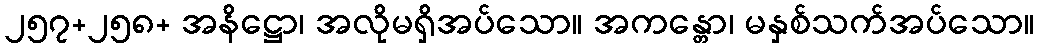
၂၅၇+၂၅၈+ အနိဋ္ဌော၊ အလိုမရှိအပ်သော။ အကန္တော၊ မနှစ်သက်အပ်သော။